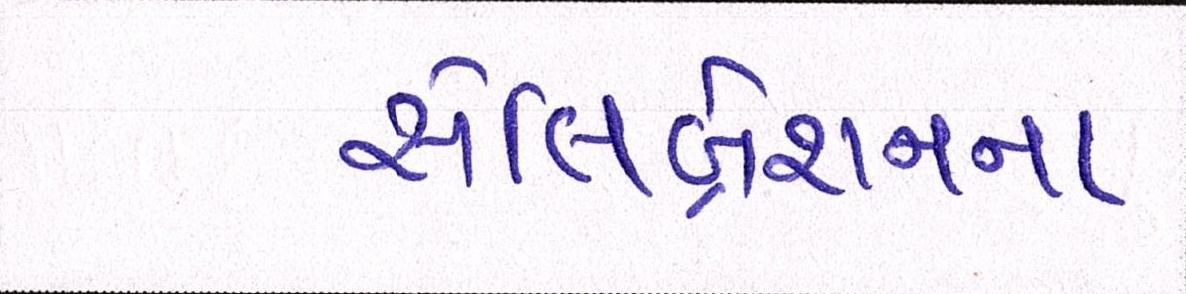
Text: સેલિબ્રેશનના